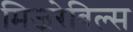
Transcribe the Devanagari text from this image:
मिजरेबिल्स